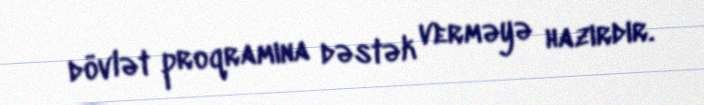
dövlət proqramına dəstək verməyə hazırdır.